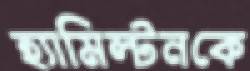
হ্যামিল্টনকে